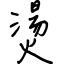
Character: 燙